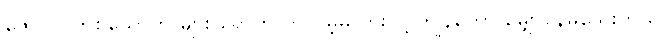
ဇော်ပိုင် တစ်ယောက် များ ရောက်လာလိမ့်မလားလို့ ကျွန်တော် မျှော်နေမိသေးတယ်။